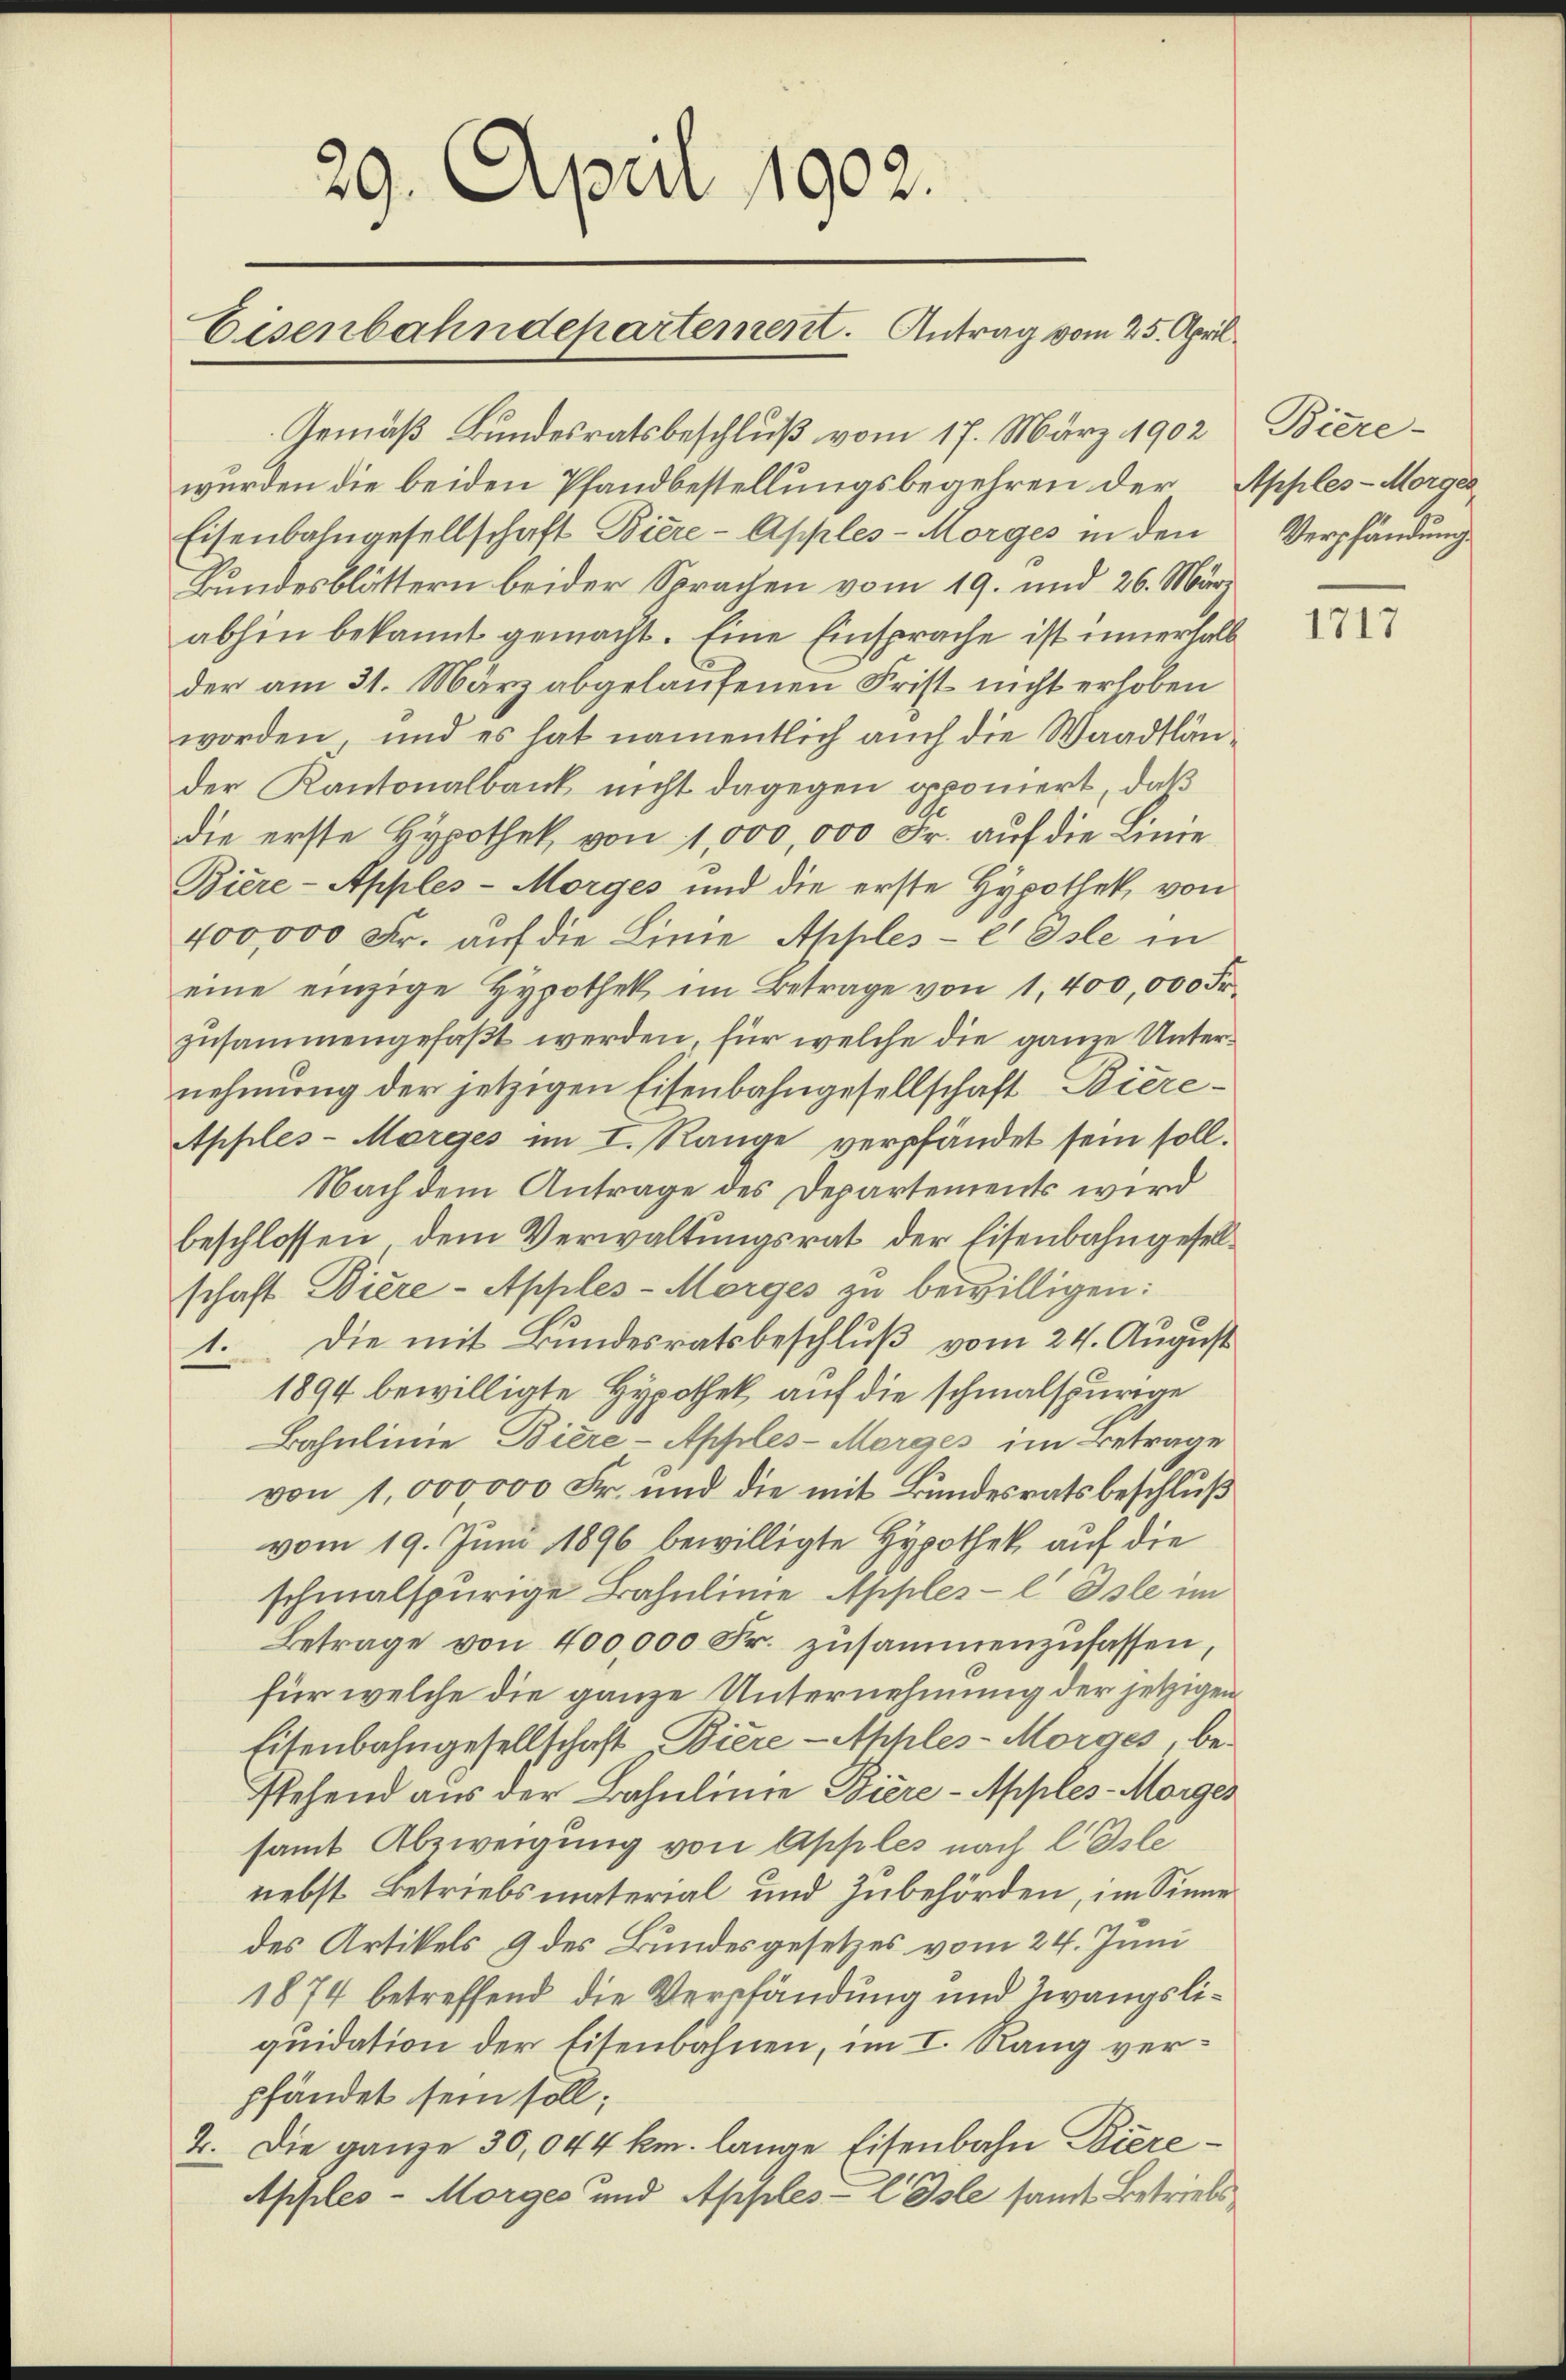
29. April 1902.
Eisenbahndepartement. Antrag vom 25. April

Gemäß Bundesratsbeschluß vom 17. März 1902
wurden die beiden Pfandbestellungsbegehren der
Eisenbahngesellschaft Biere - Apples-Morges in den
Bundesblättern beider Sprachen vom 19. und 26. Mär
abhin bekannt gemacht. Eine Einsprache ist innerhalb
der am 31. März abgelaufenen Frist nicht erhoben
worden, und es hat namentlich auch die Waadtländer Kantonalbank nicht dagegen geponiert, daß
die erste Hypothek, von 1,000,000 Fr. auf die Linie
Biere-Apples-Morges und die erste Hypothek, von
400,000 Fr. auf die Linie Apples - e Oste in
eine einzige Hypothek im Betrage von 1,400,000 Fr.
zusammengefaßt werden, für welche die ganze Unternehmung der jetzigen Eisenbahngesellschaft Biere¬
Apples-Morges im I. Range verpfändet sein soll.
Nach dem Antrage des Departements wird
beschlossen, dem Verwaltungsrat der Eisenbahngesellschaft Wiere - Apples-Morges zu bewilligen:
1. Die mit Bundesratsbeschluß vom 24. August
1894 bewilligte Hypothek auf die schmalspurige
Bahnlinie Biere-Apples-Morges im Betrage
von 1,000,000 Fr. und die mit Bundesratsbeschluß
vom 19. Juni 1896 bewilligte Hypothek auf die
schmalspurige Bahnlinie Apples-l Isle im
Betrage von 400,000 Fr. zusammenzufassen,
für welche die ganze Unternehmung der jetzigen
Eisenbahngesellschaft Biere - Apples-Morges be-
stehend aus der Bahnlinie Biere - Apples-Morges
samt Abzweigung von Apples nach l Isle
nebst Betriebsmaterial und Zubehörden, im Sinne
des Artikels 9 des Bundesgesetzes vom 24. Juni
1874 betreffend die Verpfändung und Zwangsliquidation der Eisenbahnen, im I. Rang verpfändet sein soll;
2. Die ganze 30,044 km. lange Eisenbahn Biere¬
Apples-Morges und Apples-E Isle samt Betriebs

Biere-
Apples-Morges
Verpfändung.

1717